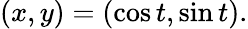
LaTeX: (x,y)=(\cos t,\sin t).